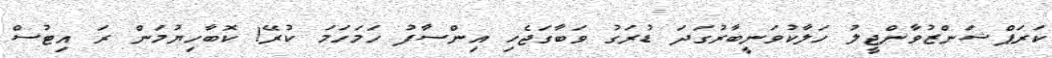
ކަރަޕްޝަންޒުވާންޖީލު ހަލާކުވަނީބާރުގަދަ ޑުރަގު ވަބާގަޖެހި އިންސާފު ހަމަހަމަ ކުރޭ! ކޮބާހިޔުމަން ރަ އިޓުސް